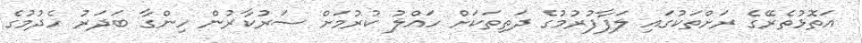
އަތޮޅުތެރޭގެ ރަށްތަކުގައި ލަފާފުރުމުގެ ދަތިތަކަށް ހައްލު ކުރުމަށް ސަރުކާރުން ހިންގާ ބަދަރު ހެދުމުގެ